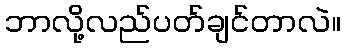
ဘာလို့လည်ပတ်ချင်တာလဲ။